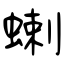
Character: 蝲